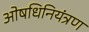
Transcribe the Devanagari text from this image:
ओषधिनियंत्रण